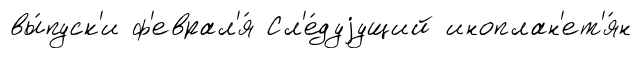
вы́пуск'и ф'еврал'я́ Сл'е́дуjущий иноплан'ет'я́н